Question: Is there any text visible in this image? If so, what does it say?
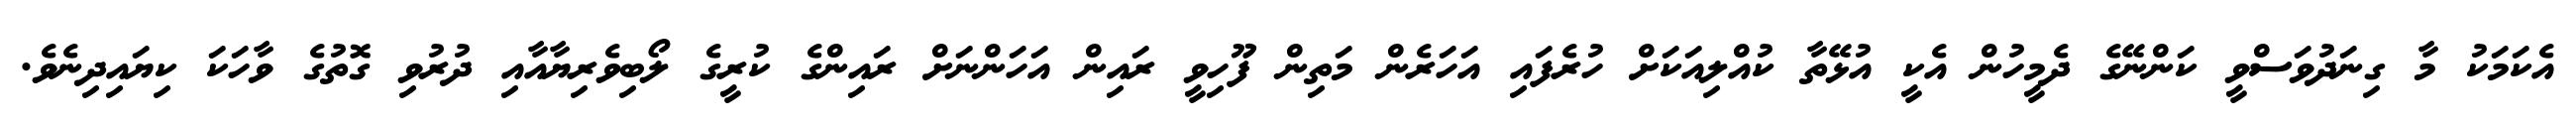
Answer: އެކަމަކު މާ ގިނަދުވަސްވީ ކަންނޭގެ ދެމީހުން އެކީ އުޅޭތާ ކުއްލިއަކަށް ހުރެފައި އަހަރެން މަތިން ފޫހިވީ ރައިން އަހަންނަށް ރައިންގެ ކުރީގެ ލޯބިވެރިޔާއާއި ދުރުވި ގޮތުގެ ވާހަކަ ކިޔައިދިނެވެ.